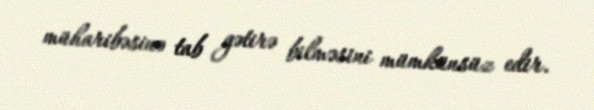
müharibəsinə tab gətirə bilməsini mümkünsüz edir.